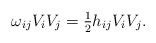
\begin{align*}\omega_{ij} V_i V_j = \tfrac{1}{2} h_{ij} V_i V_j.\end{align*}